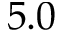
5 . 0